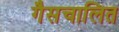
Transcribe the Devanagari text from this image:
गैसचालित